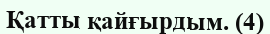
Қатты қайғырдым. (4)